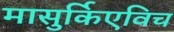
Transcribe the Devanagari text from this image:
मासुर्किएविच